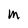
Character: M